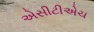
એસીટીએચ